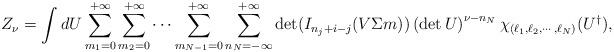
LaTeX: \begin{align*}Z_{\nu} = \int dU \sum_{m_1=0}^{+\infty} \sum_{m_2 =0}^{+\infty}\cdots \sum_{m_{N-1}=0}^{+\infty} \sum_{n_N= - \infty}^{+\infty} \det (I_{n_j +i -j}(V \Sigma m)) \left(\det U\right)^{\nu - n_N} \chi_{(\ell_1, \ell_2, \cdots, \ell_N)}(U^{\dagger}),\end{align*}